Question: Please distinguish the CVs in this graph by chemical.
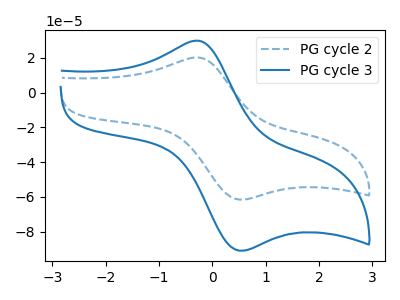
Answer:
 <answer>The blue dashed curve is labeled "PG cycle 2". The blue curve is labeled "PG cycle 3".</answer>
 <eval></eval>